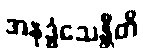
အနုဒ္ဓံသေန္တီတိ